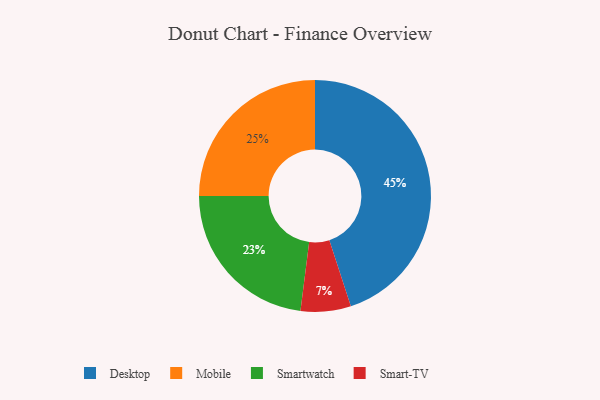
{"axis": {"x": "Category", "y": "Percentage"}, "legend": ["Desktop", "Mobile", "Smart-TV", "Smartwatch"], "data": [{"x": "Desktop", "y": 45, "type": "Desktop"}, {"x": "Smart-TV", "y": 7, "type": "Smart-TV"}, {"x": "Mobile", "y": 25, "type": "Mobile"}, {"x": "Smartwatch", "y": 23, "type": "Smartwatch"}]}